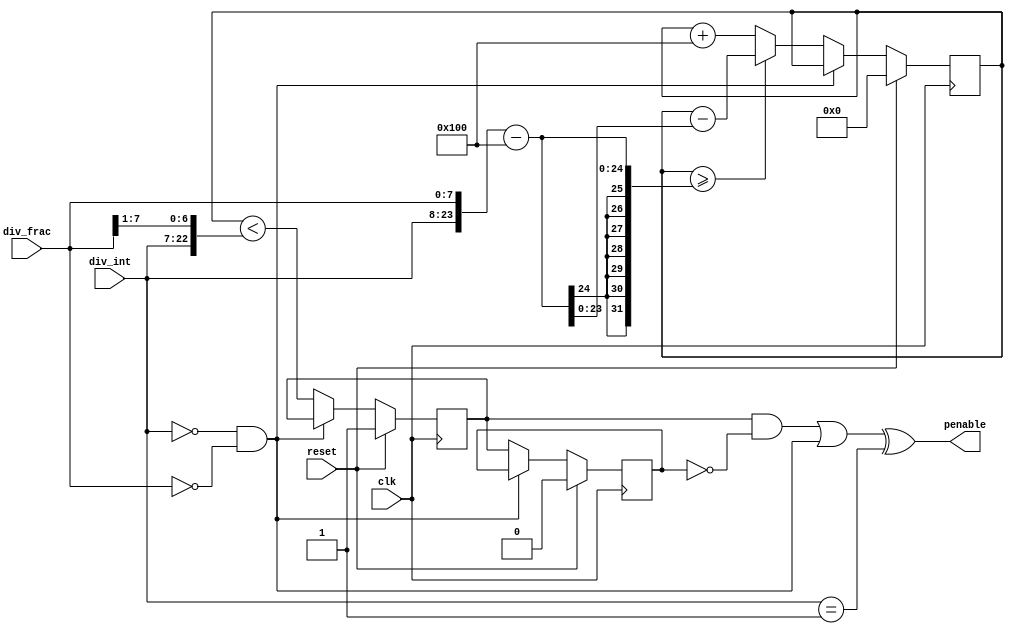
// This program was cloned from: https://github.com/buncram/cram-soc
// License: CERN Open Hardware Licence Version 2 - Weakly Reciprocal

// SPDX-FileCopyrightText: 2022 Lawrie Griffiths
// SPDX-License-Identifier: BSD-2-Clause

// `default_nettype none
module pio_divider (
  input         clk,
  input         reset,
  input [15:0]  div_int,
  input [7:0]   div_frac,
  output        penable
);
  wire use_divider;
  wire divint_1;
  assign use_divider = !((div_int == 0) && (div_frac == 0));
  assign divint_1 = (div_int == 16'd1);

  wire [23:0] div;
  reg [23:0] div_counter;
  reg pen;
  reg old_pen;

  assign div = {div_int, div_frac};
  always @(posedge clk) begin
    if (reset) begin
      div_counter <= 0;
      pen <= 1;
      old_pen <= 0;
    end else begin
      if (use_divider) begin
        old_pen <= pen;
        div_counter <= div_counter + 256;
        if (div_counter >= div - 256)
          div_counter <= div_counter - (div - 256);
        pen <= div_counter < (div >> 1);
      end
    end
  end

  assign penable = ((pen & ~old_pen) || !use_divider) ^ divint_1;
endmodule